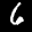
Label: 6